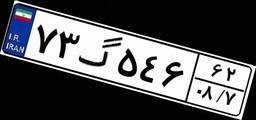
۶۷گ۹۷۱۰۶